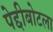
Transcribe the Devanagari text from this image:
पेद्दीबोटला